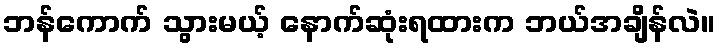
ဘန်ကောက် သွားမယ့် နောက်ဆုံးရထားက ဘယ်အချိန်လဲ။